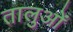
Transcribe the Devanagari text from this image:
तालुओं